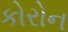
કોરોન